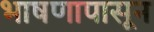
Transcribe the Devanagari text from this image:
भाषणापासून